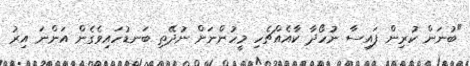
"ބުނަން ކުރިން ފައިސާ ނުހޯދާ ކާއެއްޗެހި މީހުންނަށް ނުދޭތި ބަނޑުހައިވެގެން އަންނަ އިރު